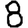
Digit: 8